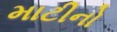
માટીનો